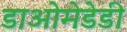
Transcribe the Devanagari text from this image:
डाओमेडेडी